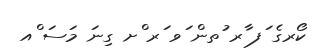
ކޯރގެ ަފ ާރ ުތން ަވ ަރ ްށ ގިނަ މަސަ ްއ